Annual report of the Punjab Veterinary College and of the Civil Veterinary Department, Punjab - 1894-1908
Year: 1894
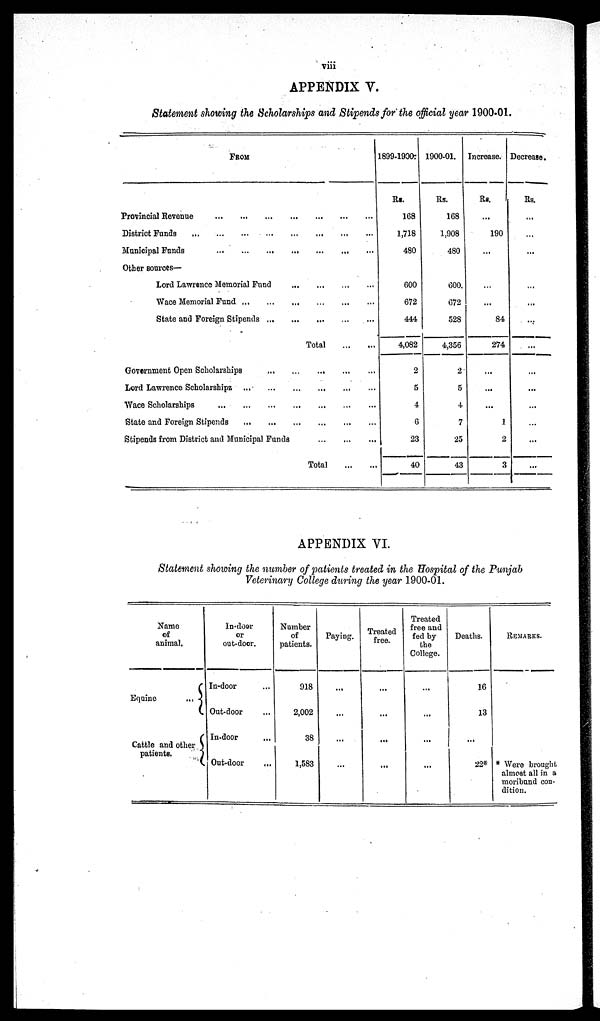
viii
APPENDIX V.
Statement showing the Scholarships and Stipends for the official year 1900-01.
FROM
Provincial Revenue
...
...
...
...
...
...
District Funds
...
...
...
...
...
...
Municipal Funds
...
...
...
...
Other sources—
Lord Lawrence Memorial Fund ... ... ... ... ... ...
Wace Memorial Fund
...
...
...
...
...
...
State and Foreign Stipends
...
...
...
...
...
...
Total
...
....
Government Open Scholarships ... ... ... ... ... ...
Lord Lawrence Scholarships
...
...
...
...
...
...
Wace Scholarships
...
...
...
...
...
...
State and Foreign Stipends
...
...
...
...
...
...
Stipends from District and Municipal Funds
...
...
...
Total
...
...
1899-1900
Rs.
168
1,718
480
600
672
444
4,082
2
5
4
6
23
40
1900-01.
Rs.
168
1,908
480
600.
672
528
4,356
2
5
4
7
25
43
Increase.
Rs.
...
190
...
...
...
84
274
...
...
...
1
2
3
Decrease.
Rs.
...
...
...
...
...
...
...
...
...
...
...
...
...
APPENDIX VI.
Statement showing the number of patients treated in the Hospital of the Punjab
Veterinary College during the year 1900-01.
Name
of
animal.
Equine
...
Cattle and other
patients.
In-door
or
out-door.
In-door ...
Out-door ...
In-door
...
Out-door
...
Number
of
patients.
918
2,002
38
1,583
Paying.
...
...
...
...
Treated
free.
...
...
...
......
Treated
free and
fed by
the
College.
...
...
...
...
Deaths.
16
13
...
22*
REMARKS.
* Were brought
almost all in a
moribund con-
dition.